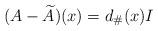
LaTeX: \begin{align*}(A-\widetilde{A})(x)=d_{\#}(x) I \end{align*}